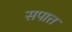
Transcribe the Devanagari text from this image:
सपात्त